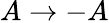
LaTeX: A\to-A